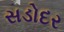
સડોદર